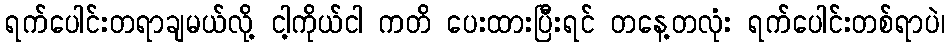
ရက်ပေါင်းတရာချမယ်လို့ ငါ့ကိုယ်ငါ ကတိ ပေးထားပြီးရင် တနေ့တလုံး ရက်ပေါင်းတစ်ရာပဲ၊